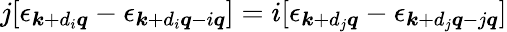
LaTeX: j[\epsilon_{\boldsymbol{k}+d_{i}\boldsymbol{q}}-\epsilon_{\boldsymbol{k}+d_{i}\boldsymbol{q}-i\boldsymbol{q}}]=i[\epsilon_{\boldsymbol{k}+d_{j}\boldsymbol{q}}-\epsilon_{\boldsymbol{k}+d_{j}\boldsymbol{q}-j\boldsymbol{q}}]